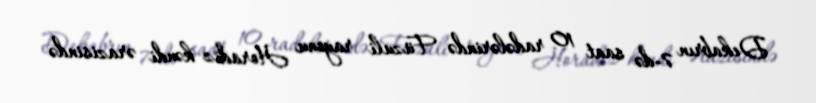
Dekabrın 7-də saat 10 radələrində Füzuli rayonu Horadiz kəndi ərazisində